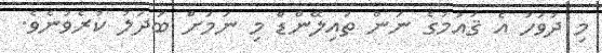
މި ދުވަހު އެ ޤައުމުގެ ނަން ތައިލޭންޑް މި ނަމަށް ބަދަލު ކުރެވުނެވެ.